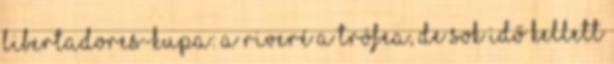
Libertadores-kupa: a Riveré a trófea, de sok idő kellett